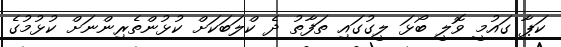
ކަޕާ ގައުމީ ވޮލީ ބޯޅަ ލީގުގައި ތަފާތު ދެ ކްލަބަކަށް ކުޅުންތެރިންނަށް ކުޅުމުގެ